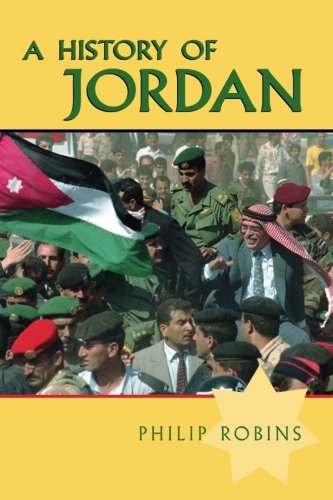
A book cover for A History of Jordan; Philip Robins; Biographies & Memoirs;